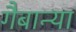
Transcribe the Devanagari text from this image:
गैबान्या